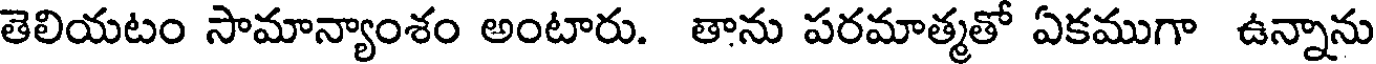
తెలియటం సామాన్యాంశం అంటారు. తాను పరమాత్మతో ఏకముగా ఉన్నాను